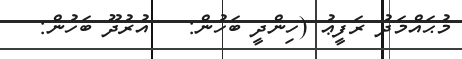
މުޙައްމަދު ރަފީޢު (ހިންދީ ބަހުން:   އުރުދޫ ބަހުން: